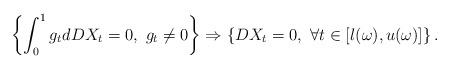
LaTeX: \begin{align*}\left\{\int_{0}^{1}g_tdDX_t=0,\ g_t\neq 0 \right\}\Rightarrow \left\{DX_t=0,\ \forall t\in [l(\omega), u(\omega)] \right\}.\end{align*}